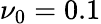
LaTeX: \nu_{0}=0.1